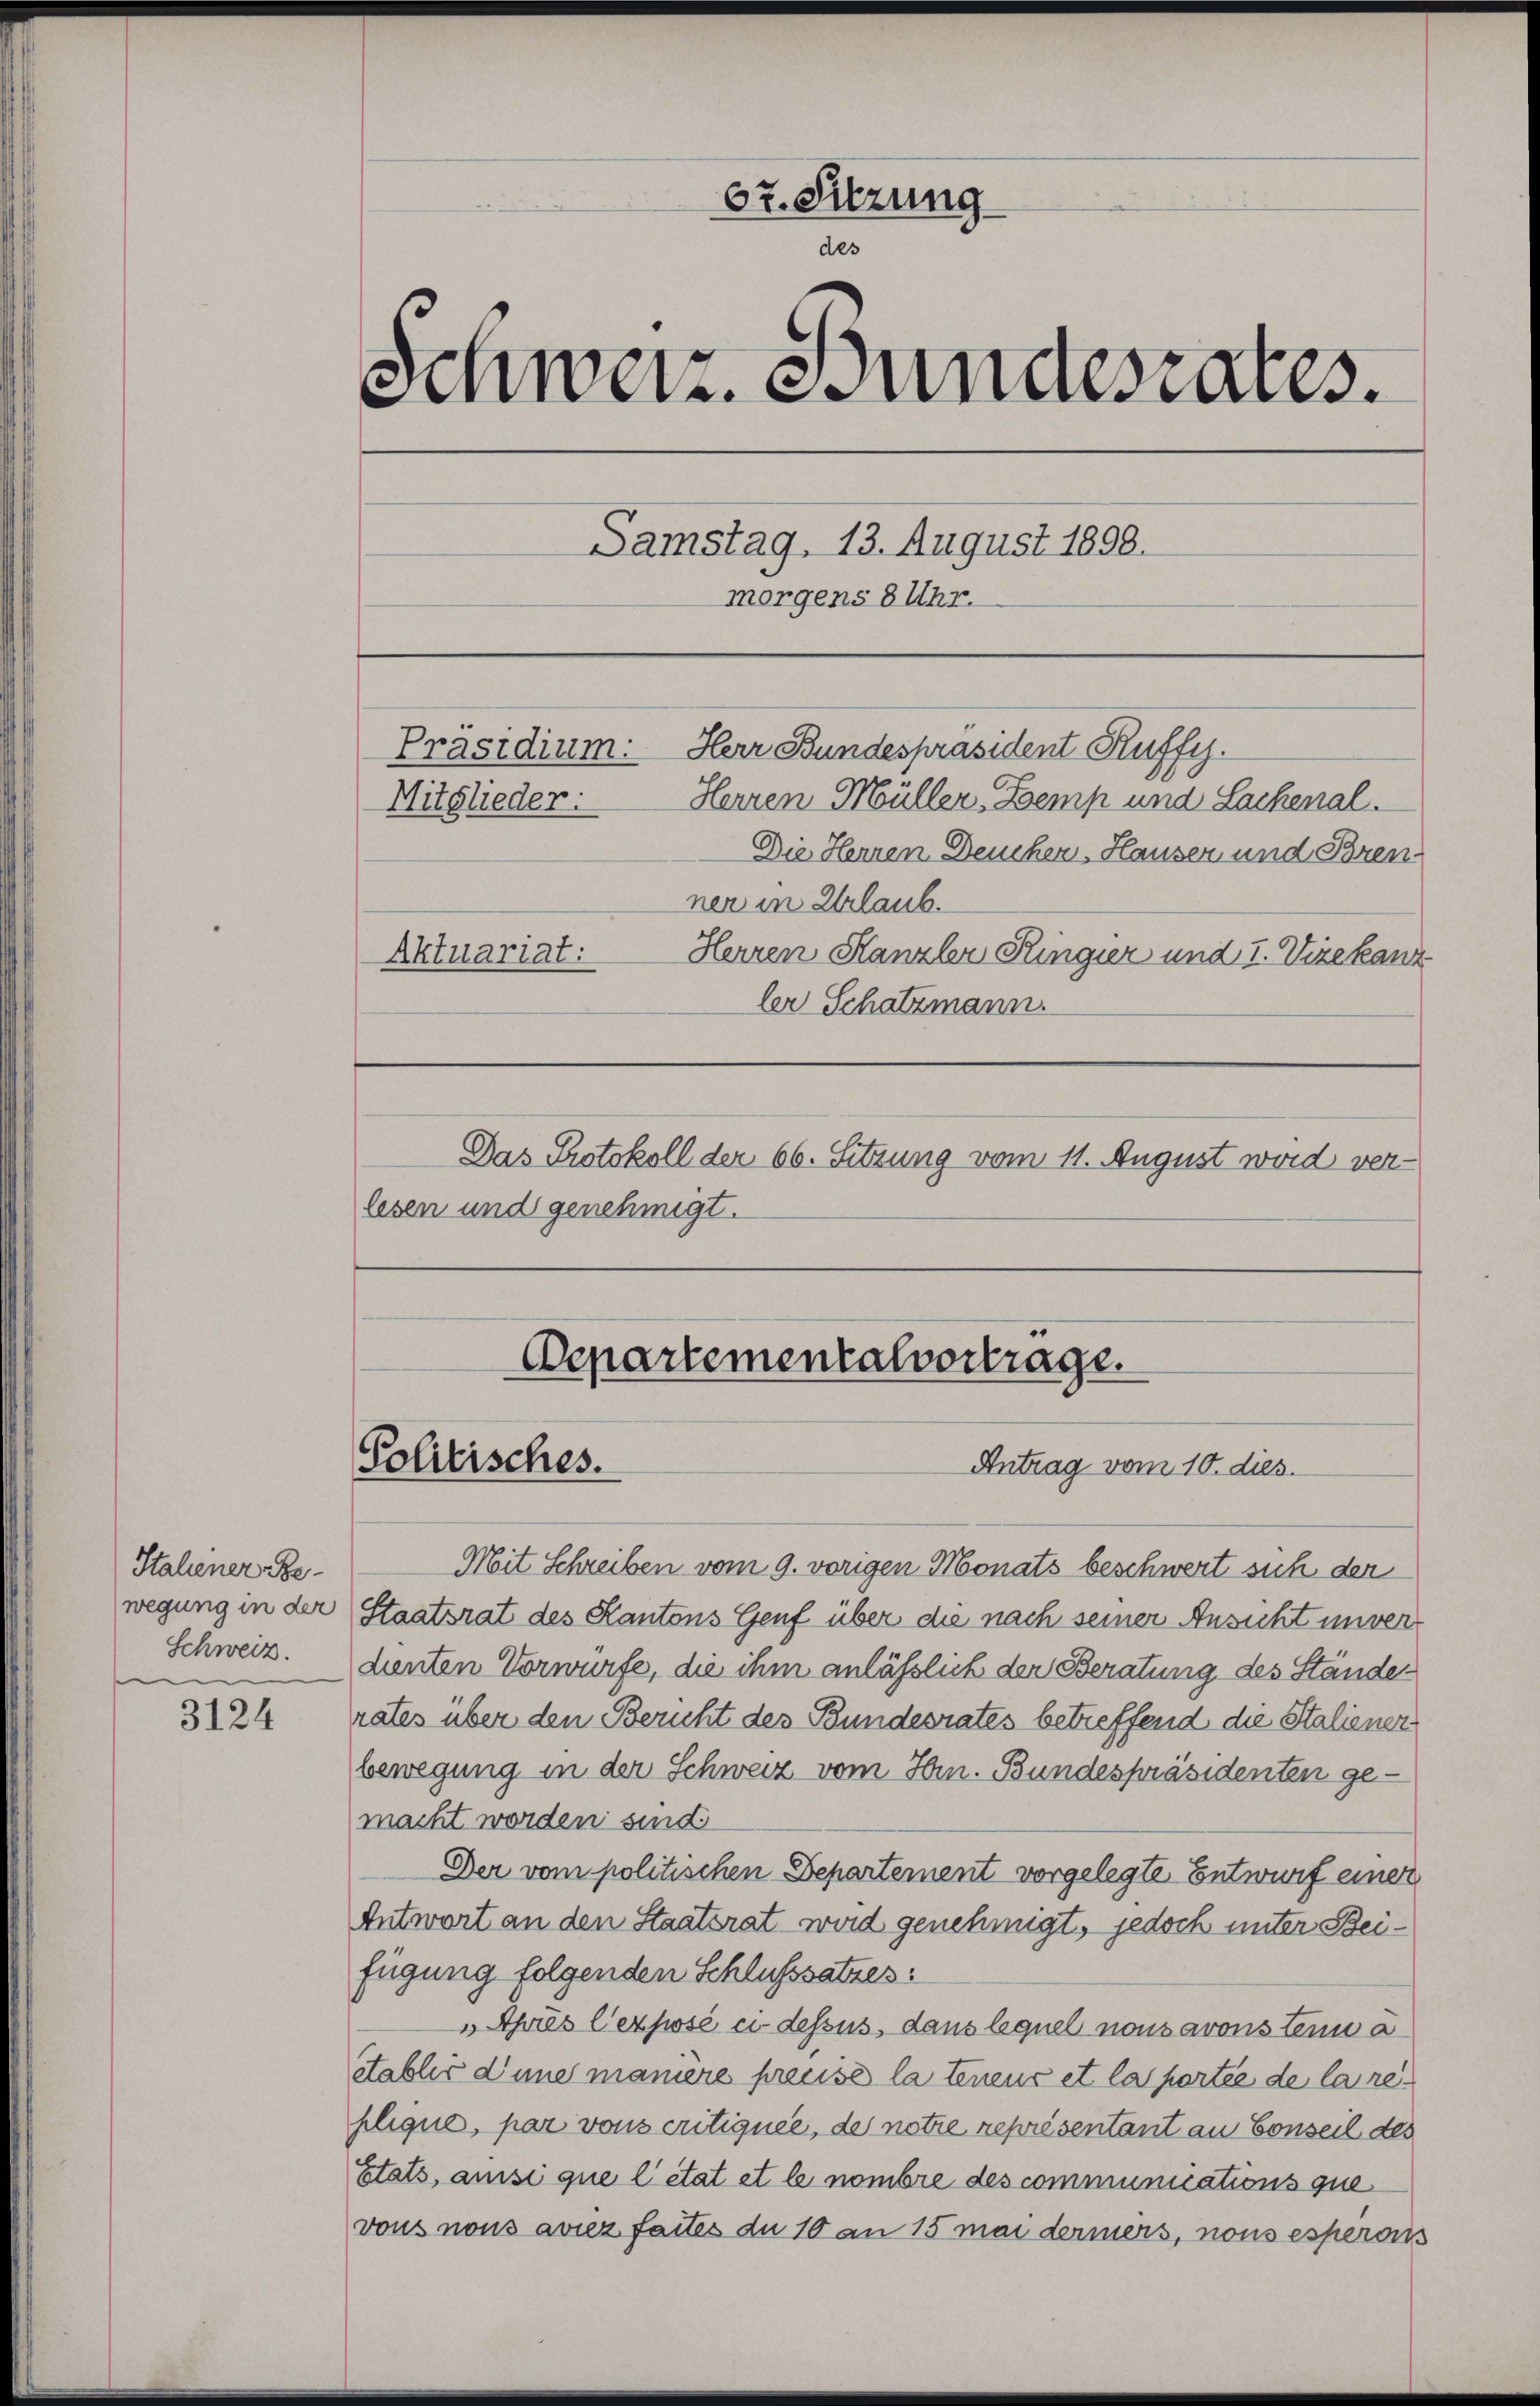
Italiener Be-
wegung in der
Schweiz.

3124

67. Sitzung
des
Schweiz. Bundesrates.
Samstag. 13. August 1898.
morgens 8 Uhr.
Herr Bundespräsident Ruffy.
Präsidium.
Mitglieder:
Herren Müller. Demp und Sachenal.
Die Herren Deucher, Hauser und Brenner in Urlaub.
Herren Kanzler Ringier und I. Vizekanz
Aktuariat:
ler Schatzmann.
Das Protokoll der 66. Sitzung vom 11. August wird verlesen und genehmigt.

Departementalvortrage.
Solitisches.
Antrag vom 10. dies

Mit Schreiben vom 9. vorigen Monats beschwert sich der
Staatsrat des Kantons Genf über die nach seiner Ansicht unverdienten Vorwürfe, die ihm anläßlich der Beratung des Stände
rates über den Bericht des Bundesrates betreffend die Staliener
bewegung in der Schweiz vom Hrn. Bundespräsidenten gemacht worden sind
Der vom politischen Departement vorgelegte Entwurf einer
Antwort an den Staatsrat wird genehmigt, jedoch unter Beifügung folgenden Schlusssatzes:
„Après l’exposé ei dessus, dans lequel nous avons tenu a
Stablir d’une maniere preuse la tenens et la portée de la replique, par vons critiquée, der notre représentant an Conseil des
Etats, ansi que l’état et le nombre des communications que
vons nous avier faites du 10 an 15 mai dermers, nous esperos